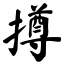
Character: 撙